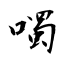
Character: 噣